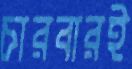
চারবারই